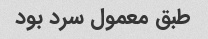
طبق معمول سرد بود